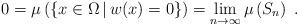
LaTeX: \begin{align*}0=\mu\left(\left\{x\in \Omega\, | \,w(x)=0\right\}\right)= \lim_{n\to\infty}\mu\left(S_n\right) \;.\end{align*}